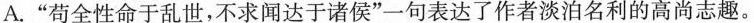
A.”苟全性命于乱世，不求闻达于诸侯”一句表达了作者淡泊名利的高尚志趣。